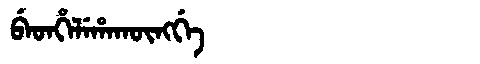
Manchu: ᠪᡝᡨᡥᡝᠯᡝᡥᠠᡴᡡᠩᡤᡝ
Romanization: BETHELEHAKŪNGGE